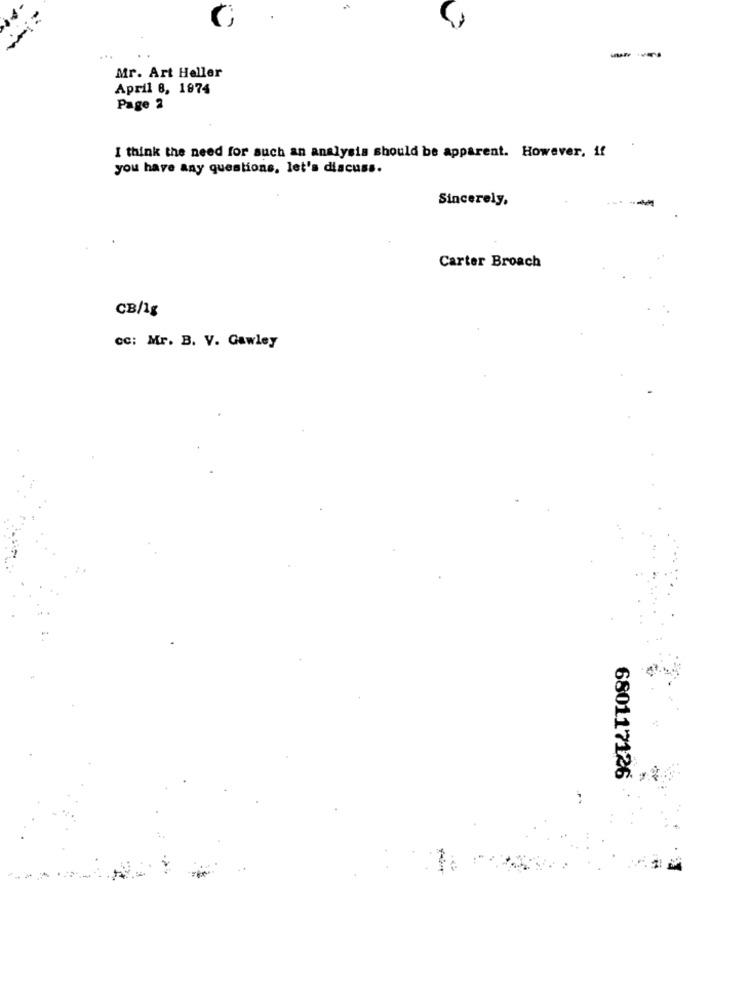
-
Mr. Art Heller
April 8, 1874
Page 2
I think the need for such an analysis should be apparent. However, if
you have any questions, let's discuss.
Sincerely,
Carter Broach
CB/1g
cc: Mr. B. V. Gawley
680117126